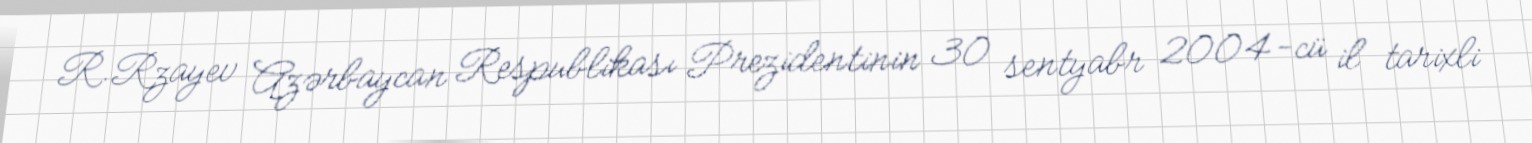
R.Rzayev Azərbaycan Respublikası Prezidentinin 30 sentyabr 2004-cü il tarixli